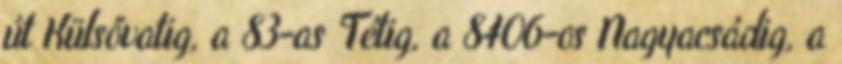
út Külsővatig, a 83-as Tétig, a 8406-os Nagyacsádig, a